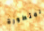
المتطورة